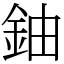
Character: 鈾